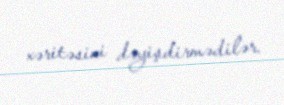
xəritəsini dəyişdirmədilər.